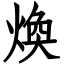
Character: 煥